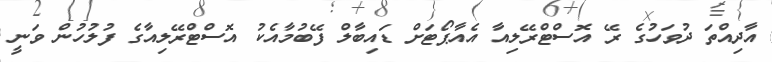
އާދިއްތަ ދުވަހުގެ ރޭ އޮސްޓްރޭލިއާ އެއާޕޯޓަށް ޑައިބާލް ފޭބުމާއެކު އޮސްޓްރޭލިއާގެ ފުލުހުން ވަނީ